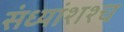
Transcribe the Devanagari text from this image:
संध्यांशश्च